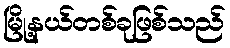
မြို့နယ်တစ်ခုဖြစ်သည်